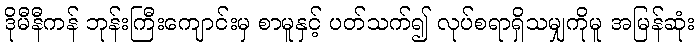
ဒိုမီနီကန် ဘုန်းကြီးကျောင်းမှ စာမူနှင့် ပတ်သက်၍ လုပ်စရာရှိသမျှကိုမူ အမြန်ဆုံး